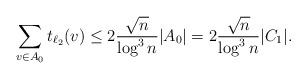
LaTeX: \begin{align*}\sum_{v\in A_{0}}t_{\ell_2}(v)\leq2\frac{\sqrt{n}}{\log^3 n}|A_{0}|=2\frac{\sqrt{n}}{\log^3 n}|C_1|. \end{align*}